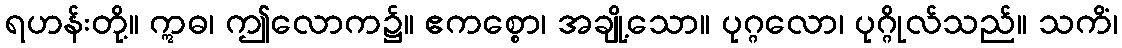
ရဟန်းတို့။ ဣဓ၊ ဤလောက၌။ ဧကစ္စော၊ အချို့သော။ ပုဂ္ဂလော၊ ပုဂ္ဂိုလ်သည်။ သကိံ၊